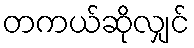
တကယ်ဆိုလျှင်